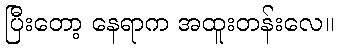
ပြီးတော့ နေရာက အထူးတန်းလေ။